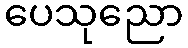
ပေသုညော